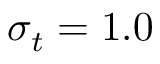
\sigma _ { t } = 1 . 0